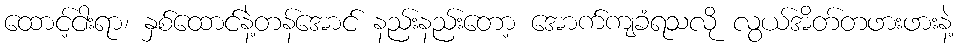
ထောင့်ငါးရာ၊ နှစ်ထောင်နဲ့တန်အောင် နည်းနည်းတော့ အောက်ကျခံရသလို လွယ်အိတ်တဖားဖားနဲ့